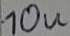
Text: 10u